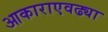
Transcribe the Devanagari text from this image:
आकाराएवढ्या